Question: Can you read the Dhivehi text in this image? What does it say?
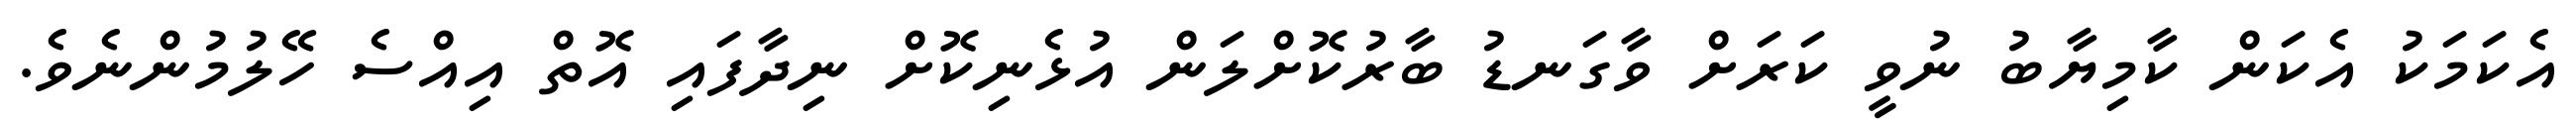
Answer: އެކަމަކު އެކަން ކާމިޔާބު ނުވީ ކަރަށް ވާގަނޑު ބާރުކޮށްލަން އުޅެނިކޮށް ނިދާފައި އޮތް އިއްސެ ހޭލުމުންނެވެ.